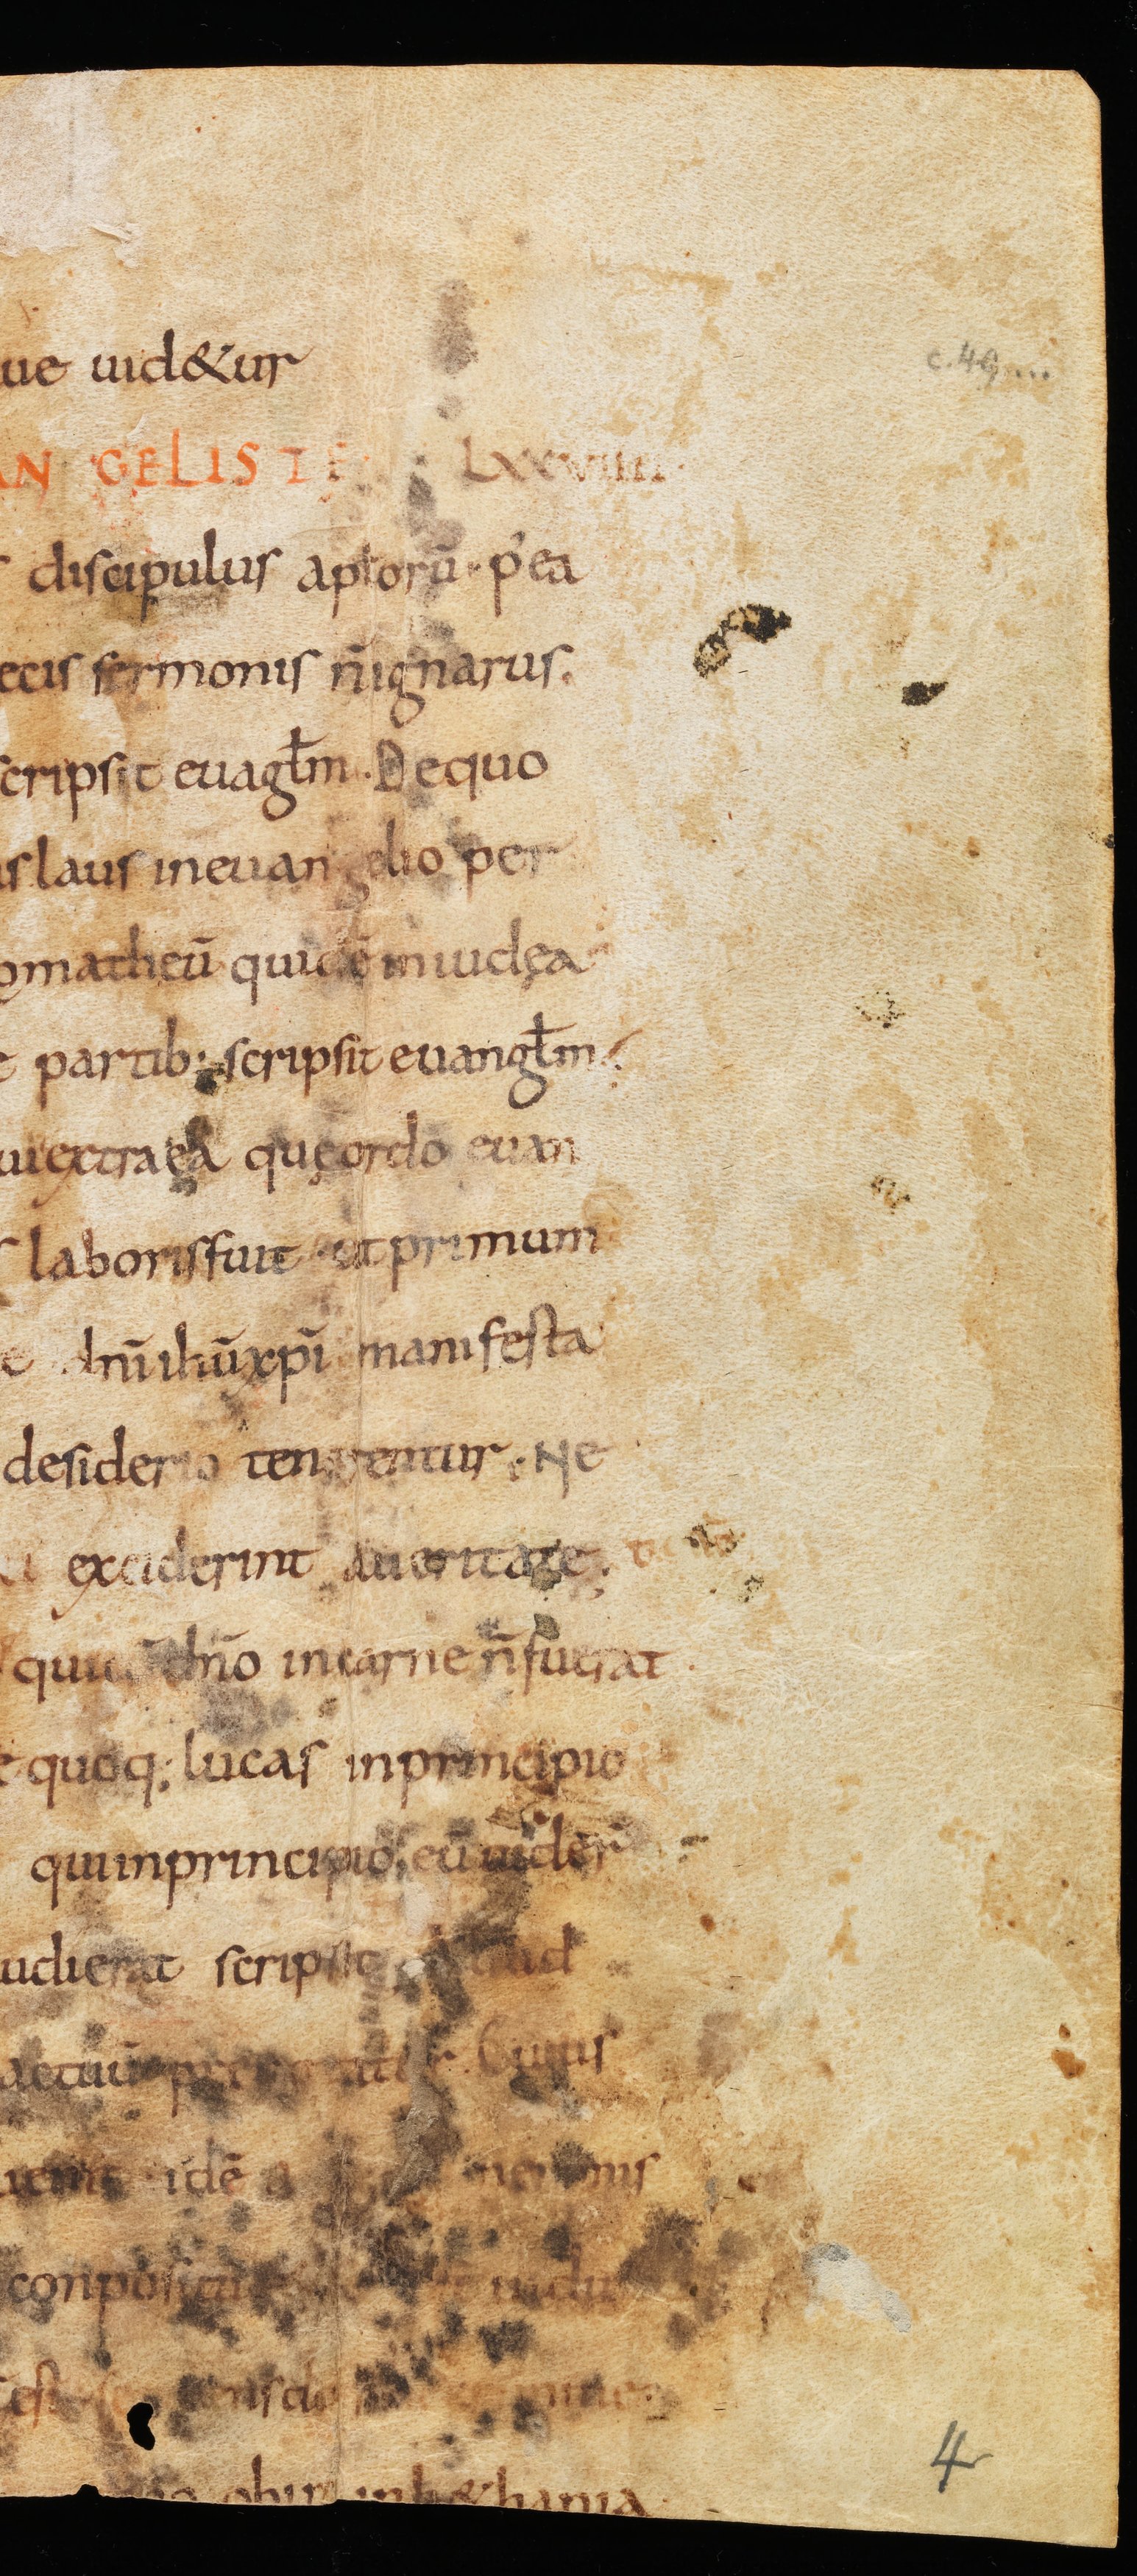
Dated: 800–849